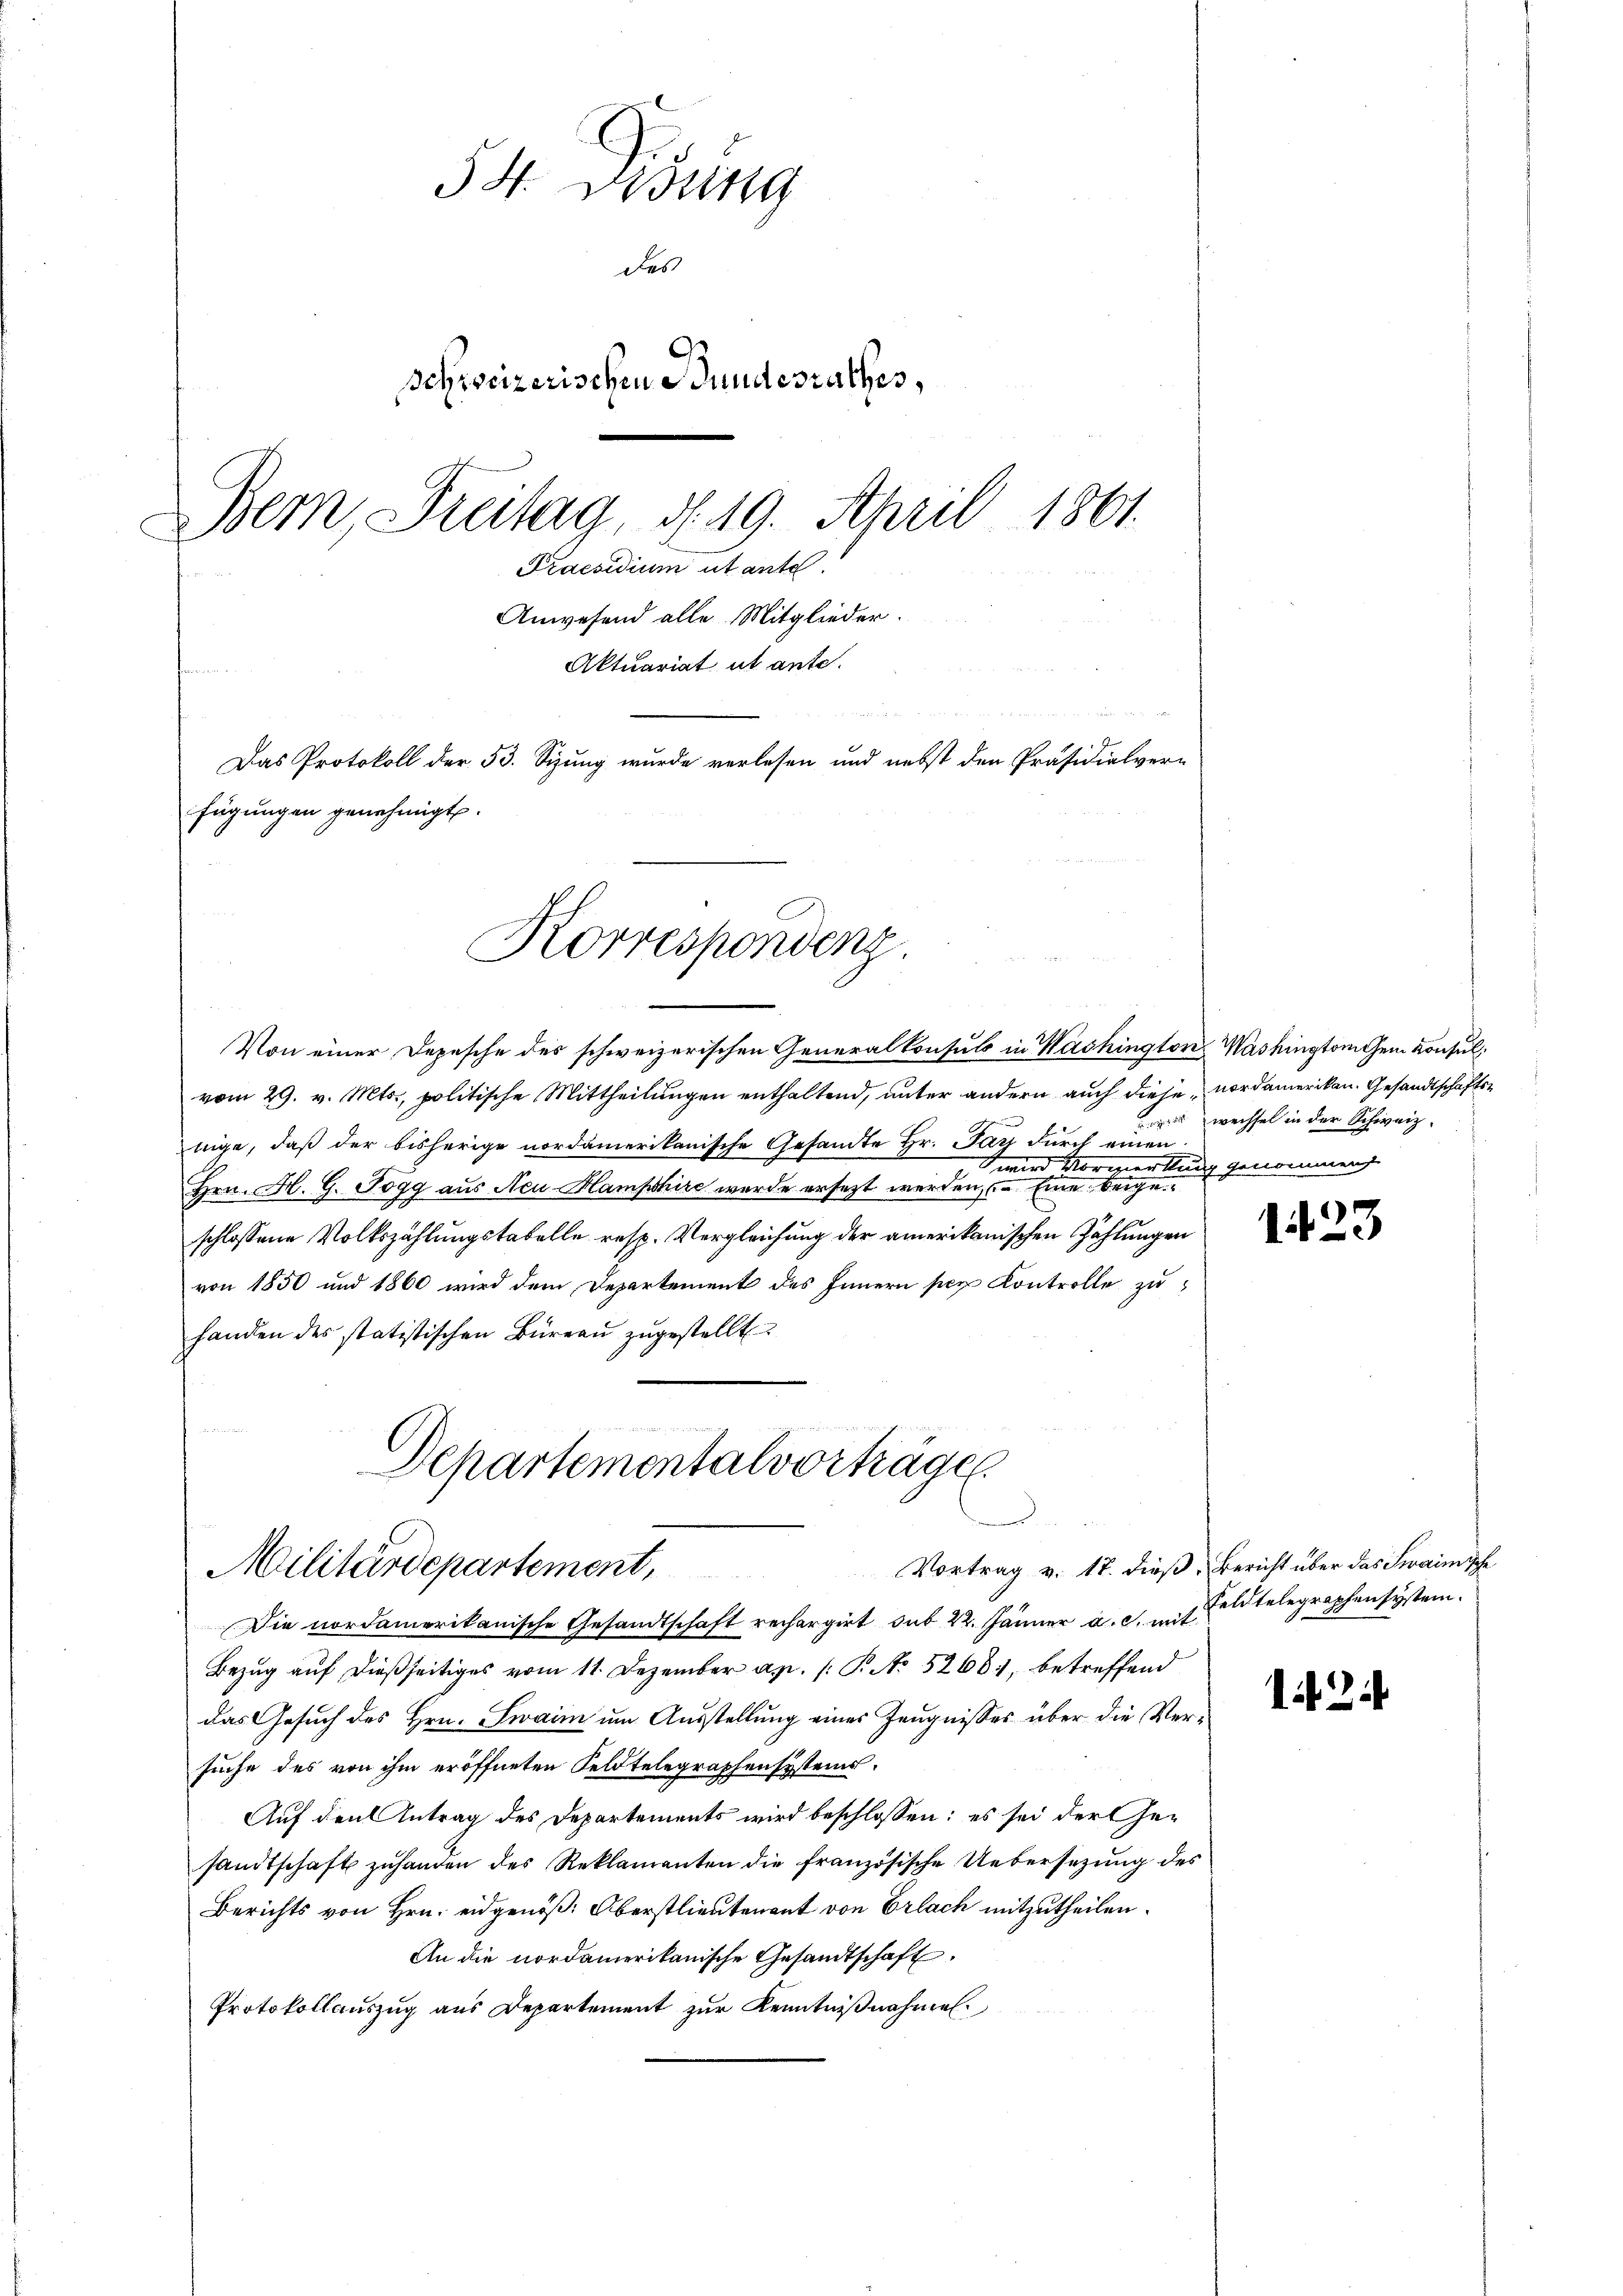
S H. Bossing
des
Schweizerischen Bundesrathes,
Bern, Freitag, d. 19. April 1861
Praesidium ut ante.
Anwesend alle Mitglieder.
Aktuariat ut ante.
n
Das Protokoll der 53. Sizung wurde verlesen und nebst den Präsidialver-
fügungen genehmigt.

Von einer Depesche des schweizerischen Generalkonsuls in Washington Washington dem Konsul
vom 29. v. Mts., politische Mittheilungen enthaltend, unter andern auch diese nordamerikan. Gesandtschaftsnige, daß der bisherige nordamerikanische Gesandte Hr. Pays durch einen wechsel in der Schweiz.
Hrn. H. G. Togg aus Neu- Hamphirt werde ersezt werden, u. Eine beige
schlossene Volkszählungstabelle resp. Vergleichung der amerikanischen Zählungen
von 1850 und 1860 wird dem Departement des Innern per Kontrolle zu
handen des statistischen Büreaŭ zŭgestellt.

—

Korrespondenz

Departementalvorträge
Militärdepartement,

wird Vormerkung genommen

Die nordamerikanische Gesandtschaft rechargirt sub 22. Jänner a. c. mit Geldtelegraphensystem.
Bezug auf dießseitiges vom 11. Dezember ag. 1: P. No 52681, betreffend
das Gesuch des Hrn. Swaim um Ausstellung eines Zeugnisses über die Versuche des von ihm eröffneten Feldtelegraphensystems.
Auf den Antrag des Departements wird beschlossen: es sei der Gesandtschaft zuhanden des Reklamanten die französische Uebersetzung des
Berichts von Hrn. eidgenöß: Oberstlieutenant von Erlach mitzutheilen.
An die nordamerikanische Gesandtschaft.
Protokollauszug aus Departement zur Kenntnißnahmen.

1423

Vortrag v. 17. dieß, Bericht über das Swaimische

12